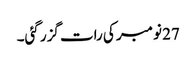
27 نومبر کی رات گزر گئی۔